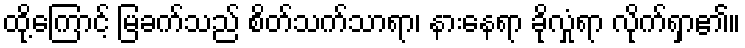
ထို့ကြောင့် မြခက်သည် စိတ်သက်သာရာ၊ နားနေရာ ခိုလှုံရာ လိုက်ရှာ၏။